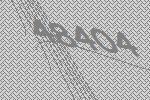
48404